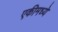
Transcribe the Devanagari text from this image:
एकीमध्ये